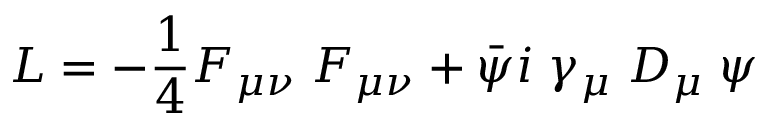
{ \cal { L } } = - \frac { 1 } { 4 } F _ { \mu \nu } \; F _ { \mu \nu } + \bar { \psi } i \; \gamma _ { \mu } \; { \cal { D } } _ { \mu } \; \psi